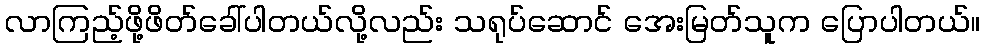
လာကြည့်ဖို့ဖိတ်ခေါ်ပါတယ်လို့လည်း သရုပ်ဆောင် အေးမြတ်သူက ပြောပါတယ်။